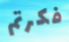
فكرتم